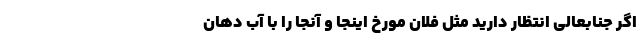
اگر جنابعالی انتظار دارید مثل فلان مورخ اینجا و آنجا را با آب دهان